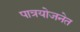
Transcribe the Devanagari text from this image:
पात्रयोजनेत